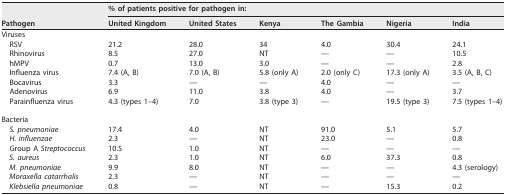
| <ROWSPAN=2> Pathogen | <COLSPAN=6> % of patients positive for pathogen in: |
 | United Kingdom | United States | Kenya | The Gambia | Nigeria | India |
 | --- | --- | --- | --- | --- | --- | --- |
 | Viruses |  |  |  |  |  |  |
 | RSV | 21.2 | 28.0 | 34 | 4.0 | 30.4 | 24.1 |
 | Rhinovirus | 8.5 | 27.0 | NT | — | — | 10.5 |
 | hMPV | 0.7 | 13.0 | 3.0 | — | — | 2.8 |
 | Influenza virus | 7.4 (A, B) | 7.0 (A, B) | 5.8 (only A) | 2.0 (only C) | 17.3 (only A) | 3.5 (A, B, C) |
 | Bocavirus | 3.3 | — | — | 4.0 | — | — |
 | Adenovirus | 6.9 | 11.0 | 3.8 | 4.0 | — | 3.7 |
 | Parainfluenza virus | 4.3 (types 1–4) | 7.0 | 3.8 (type 3) | — | 19.5 (type 3) | 7.5 (types 1–4) |
 | Bacteria |  |  |  |  |  |  |
 | S. pneumoniae | 17.4 | 4.0 | NT | 91.0 | 5.1 | 5.7 |
 | H. influenzae | 2.3 | — | NT | 23.0 | — | 0.8 |
 | Group A Streptococcus | 10.5 | 1.0 | NT | — | — | — |
 | S. aureus | 2.3 | 1.0 | NT | 6.0 | 37.3 | 0.8 |
 | M. pneumoniae | 9.9 | 8.0 | NT | — | — | 4.3 (serology) |
 | Moraxella catarrhalis | 2.3 | — | NT | — | — | — |
 | Klebsiella pneumoniae | 0.8 | — | NT | — | 15.3 | 0.2 |